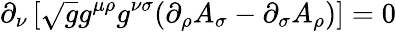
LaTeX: \partial_{\nu}\left[\sqrt{g}g^{\mu\rho}g^{\nu\sigma}(\partial_{\rho}A_{\sigma}-\partial_{\sigma}A_{\rho})\right]=0